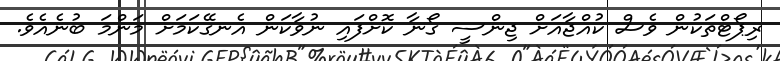
ރިޕޯޓްތަކުން ވެސް ކުއްޖާއަށް ޖިންސީ ގޯނާ ކޮށްފައި ނުވާކަން އެނގޭކަމަށް މަންމަ ބުނެއެވެ.